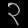
Digit: ၃